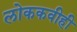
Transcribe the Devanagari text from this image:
लोककवीही